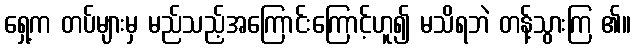
ရှေ့က တပ်များမှ မည်သည့်အကြောင်းကြောင့်ဟူ၍ မသိရဘဲ တန့်သွားကြ ၏။